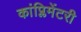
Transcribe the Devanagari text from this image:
कांप्लिमेंटरी